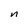
Character: n